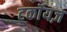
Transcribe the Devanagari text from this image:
टर्कॉयज़